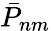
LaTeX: {\bar{P}}_{nm}